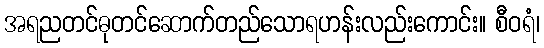
အရညတင်ဓုတင်ဆောက်တည်သောရဟန်းလည်းကောင်း။ စီဝရံ၊